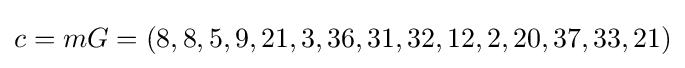
c=mG=(8,8,5,9,21,3,36,31,32,12,2,20,37,33,21)